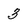
Character: 3